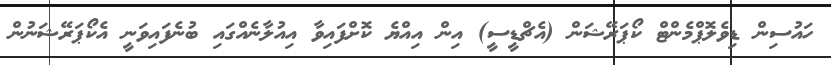
ހައުސިން ޑިވެލޮޕްމެންޓް ކޯޕަރޭޝަން (އެޗްޑީސީ) އިން އިއްޔެ ކޮށްފައިވާ އިއުލާނެއްގައި ބުނެފައިވަނީ އެކޯޕަރޭޝަނުން